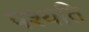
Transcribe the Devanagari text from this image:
पश्यति